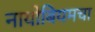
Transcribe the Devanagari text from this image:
नायोबियमचा